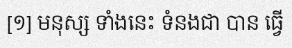
[១] មនុស្ស ទាំងនេះ ទំនងជា បាន ធ្វើ